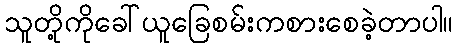
သူတို့ကိုခေါ်ယူခြေစမ်းကစားစေခဲ့တာပါ။